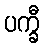
ပက္ခီ